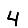
Digit: 4